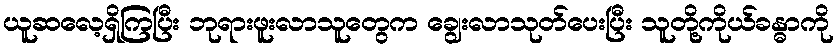
ယူဆလေ့ရှိကြပြီး ဘုရားဖူးလာသူတွေက ချွေးလာသုတ်ပေးပြီး သူတို့ကိုယ်ခန္ဓာကို